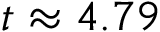
t \approx 4 . 7 9